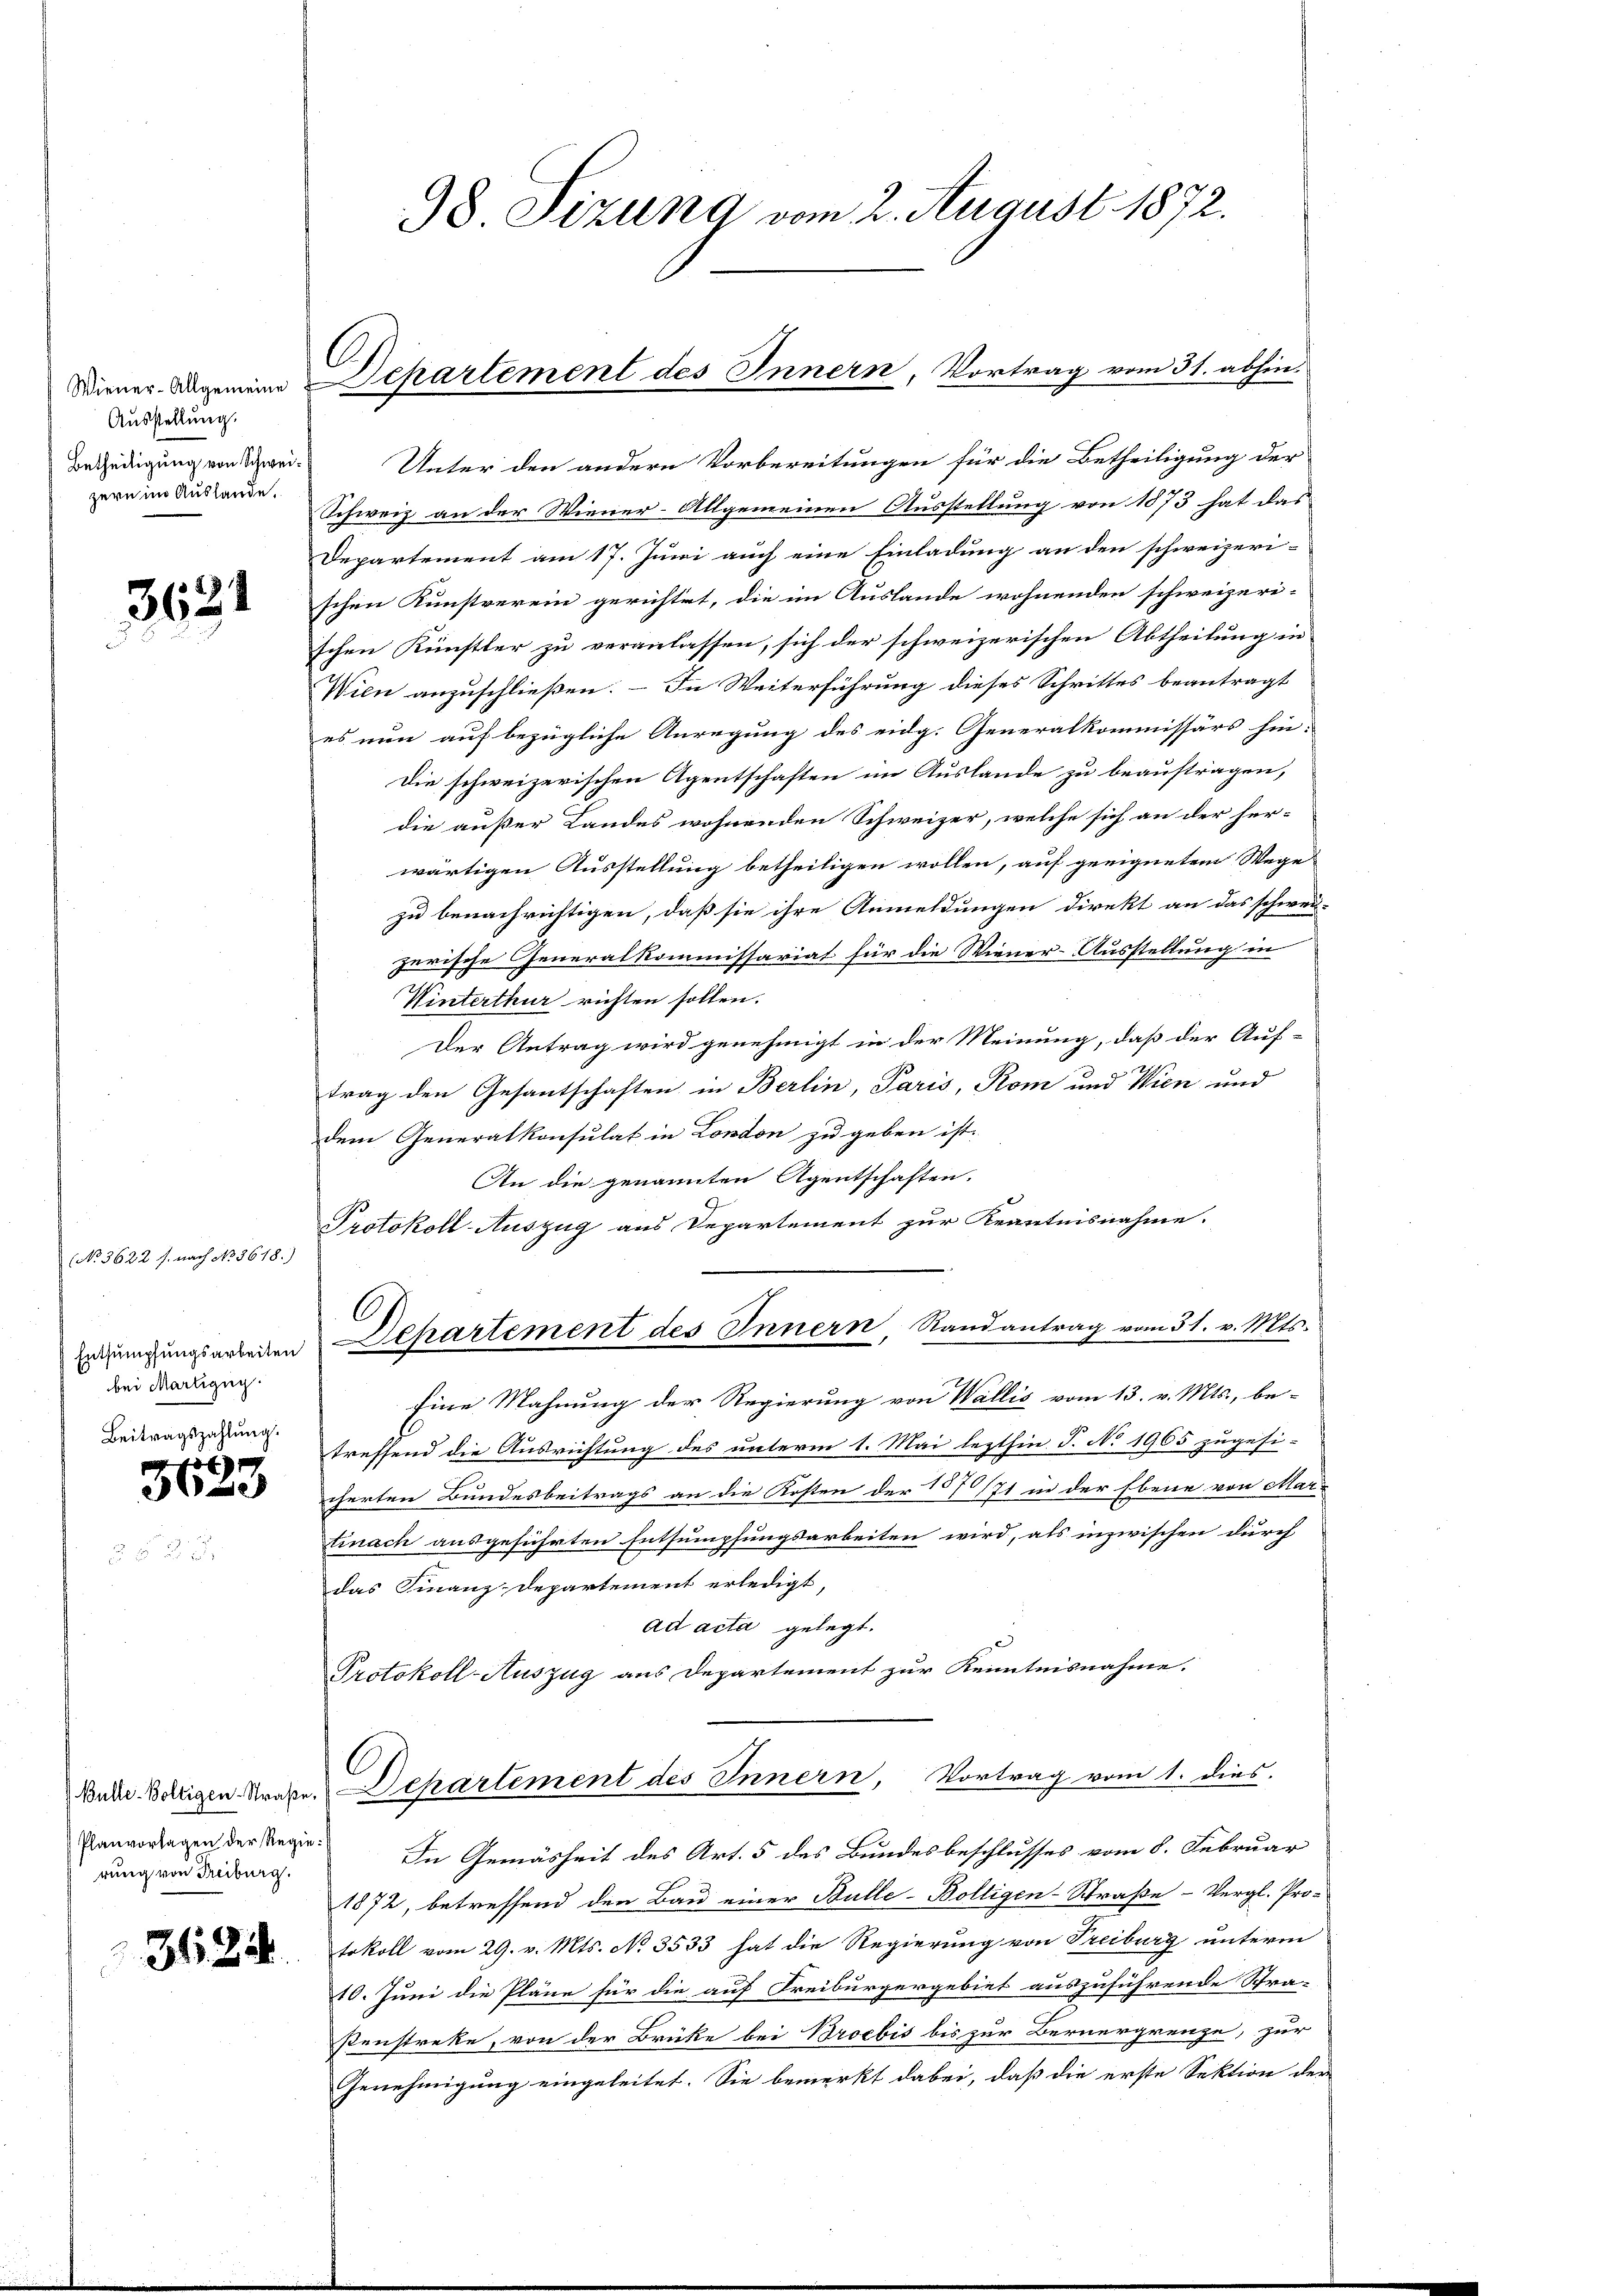
Ausstellung.
Betheiligung von Schweizern im Auslande.

3621

(No 3622 s. nach No. 3618.)
Entsumpfungsarbeiten
bei Martigny.
Beitragszahlung.

4
323

Planvorlagen der Regierung von Freiburg.

3424.

Unter den andern Vorbereitungen für die Betheiligung der
Schweiz an der Wiener-Allgemeinen Ausstellung von 1873 hat das
Departement am 17. Juni auch eine Einladung an den schweizeri-
schen Kunstverein gerichtet, die im Auslande wohnenden schweizeri-
schen Künstler zu veranlassen, sich der schweizerischen Abtheilung in
Wien anzuschließen. – In Weiterführung dieses Schrittes beantragt
es nun auf bezügliche Anregung des eidg. Generalkommissärs hin:
Die schweizerischen Agentschaften im Auslande zu beauftragen,
die außer Landes wohnenden Schweizer, welche sich an der her-
wärtigen Ausstellung betheiligen wollen, auf geeignetem Wege
zu benachrichtigen, daß sie ihre Anmeldungen direkt an das schwei-
zerische Generalkommissariat für die Wiener-Ausstellung in
Winterthur richten sollen.
Der Antrag wird genehmigt in der Meinung, daß der Auf-
trag den Gesantschaften in Berlin, Paris, Rom und Wien und
dem Generalkonsulat in London zu geben ist.
An die genannten Agentschaften.
Protokoll-Auszug aus Departement zur Kenntnisnahme.
67
Separtement des Innern, Randantrag vom 31. v. Mts.
Eine Mahnung der Regierung von Wallis vom 13. v. Mts., be-
treffend die Ausrichtung des unterm 1. Mai lezthin J. No 1965 zugesi-
cherten Bundesbeitrags an die Kosten der 157/71 in der Ebene von Mar
tinach ausgeführten Entsumpfungsarbeiten wird, als inzwischen durch
das Finanz-Departement erledigt,
ad acta gelegt.
Protokoll-Auszug aus Departement zur Kenntnisnahme.
Bude. Berigen Straße. Departement des Innern, Vortrag vom 1. dies
In Gemäsheit des Art. 5 des Bundesbeschlusses vom 8. Februar
1872, betreffend den Bau einer Bulle-Bolligen-Straße - Vergl. Pro-
tokoll vom 29. v. Mts. No 3533 hat die Regierung von Treiburg unterm
10. Juni die Pläne für die auf Freiburgergebiet auszuführende Schra-
ßenstreke, von der Brüke bei Broebis bis zur Bernergrenze, zur
Genehmigung eingeleitet. Sie bemerkt dabei, daß die erste Sektion der

98 Sizung vom 2. August 1872.

Wiener Angemeine Departement des Innern, Vortrag vom 31. abhin-